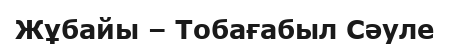
Жұбайы – Тобағабыл Сәуле